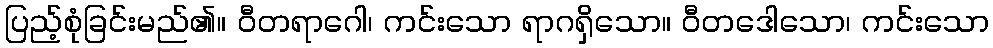
ပြည့်စုံခြင်းမည်၏။ ဝီတရာဂေါ၊ ကင်းသော ရာဂရှိသော။ ဝီတဒေါသော၊ ကင်းသော